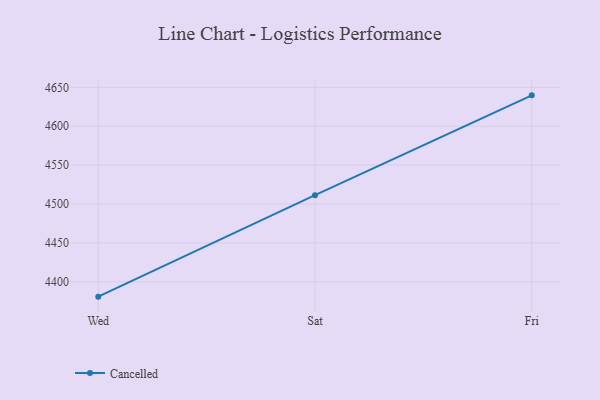
{"axis": {"x": "Day", "y": "Demand Index"}, "legend": ["Cancelled"], "data": [{"x": "Wed", "y": 4380.8, "type": "Cancelled"}, {"x": "Sat", "y": 4511.3, "type": "Cancelled"}, {"x": "Fri", "y": 4639.7, "type": "Cancelled"}]}